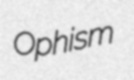
Ophism